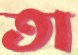
তা